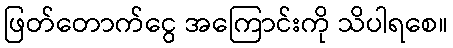
ဖြတ်တောက်ငွေ အကြောင်းကို သိပါရစေ။